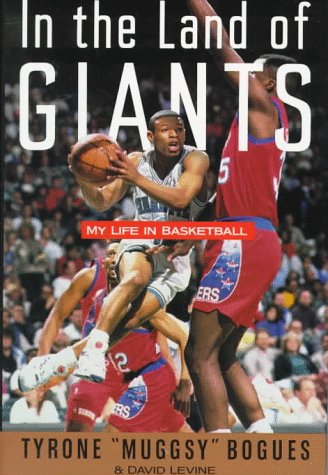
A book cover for In the Land of Giants: My Life in Basketball; Tyrone "Muggsy" Bogues; Biographies & Memoirs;